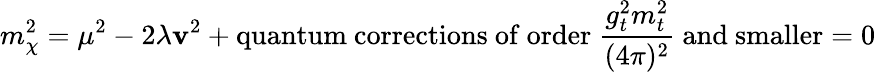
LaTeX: m_{\chi}^{2}=\mu^{2}-2\lambda\mathbf{v}^{2}+\mathrm{{quantum~corrections~of~order~}}\frac{{g_{t}^{2}m_{t}^{2}}}{{(4\pi)^{2}}}\mathrm{{~and~smaller}}=0